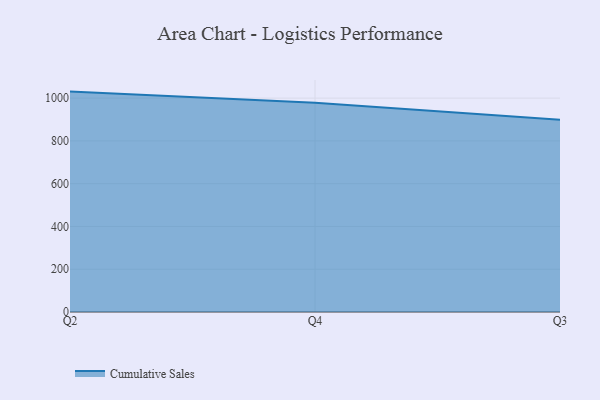
{"axis": {"x": "Quarter", "y": "Demand Index"}, "legend": ["Cumulative Sales"], "data": [{"x": "Q2", "y": 1030.4, "type": "Cumulative Sales"}, {"x": "Q4", "y": 978.2, "type": "Cumulative Sales"}, {"x": "Q3", "y": 898.5, "type": "Cumulative Sales"}]}